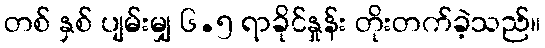
တစ် နှစ် ပျမ်းမျှ ၆.၅ ရာခိုင်နှုန်း တိုးတက်ခဲ့သည်။